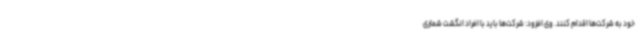
خود به شرکت‌ها اقدام کنند. وی افزود: شرکت‌ها باید با افراد انگشت شماری